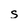
Character: s